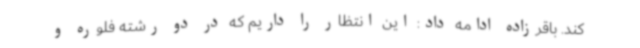
کند. باقرزاده ادامه داد: این انتظار را داریم که در دو رشته فلوره و